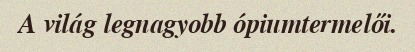
A világ legnagyobb ópiumtermelői.